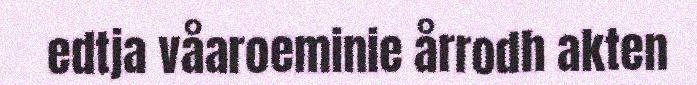
edtja våaroeminie årrodh akten